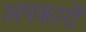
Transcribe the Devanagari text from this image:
अपकारों